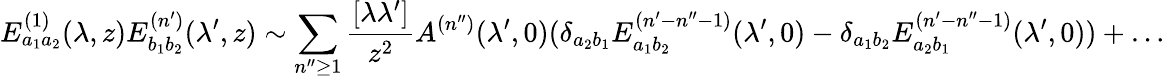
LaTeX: E_{a_{1}a_{2}}^{(1)}(\lambda,z)E_{b_{1}b_{2}}^{(n^{\prime})}(\lambda^{\prime},z)\sim\sum_{n^{\prime\prime}\geq 1}\frac{[\lambda\lambda^{\prime}]}{z^{2}}A^{(n^{\prime\prime})}(\lambda^{\prime},0)(\delta_{a_{2}b_{1}}E_{a_{1}b_{2}}^{(n^{\prime}-n^{\prime\prime}-1)}(\lambda^{\prime},0)-\delta_{a_{1}b_{2}}E_{a_{2}b_{1}}^{(n^{\prime}-n^{\prime\prime}-1)}(\lambda^{\prime},0))+\dots